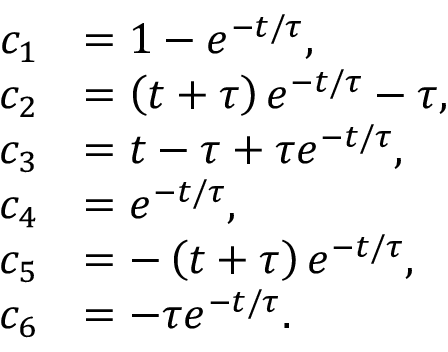
\begin{array} { r l } { c _ { 1 } } & { = 1 - e ^ { - t / \tau } , } \\ { c _ { 2 } } & { = \left( t + \tau \right) e ^ { - t / \tau } - \tau , } \\ { c _ { 3 } } & { = t - \tau + \tau e ^ { - t / \tau } , } \\ { c _ { 4 } } & { = e ^ { - t / \tau } , } \\ { c _ { 5 } } & { = - \left( t + \tau \right) e ^ { - t / \tau } , } \\ { c _ { 6 } } & { = - \tau e ^ { - t / \tau } . } \end{array}